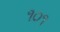
૧૦૧